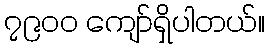
၇၉၀၀ ကျော်ရှိပါတယ်။